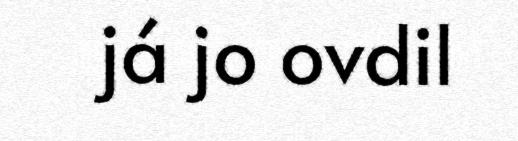
já jo ovdil